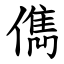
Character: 儁